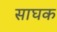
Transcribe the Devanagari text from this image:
साघक